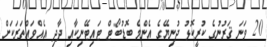
20 ވަނަ ޤަރުނުގެ ކުރީކޮޅު ދުނިޔޭގެ އެންމެ ބޮޑުބޯޓް ޓައިޓޭނިކާއި ދާދި އެއްވައްތަރަކަށް